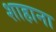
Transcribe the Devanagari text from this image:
शाहाना